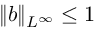
\| b \| _ { L ^ { \infty } } \leq 1